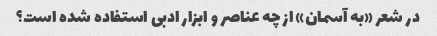
در شعر «به آسمان» از چه عناصر و ابزار ادبی استفاده شده است؟